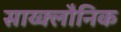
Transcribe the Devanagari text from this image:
साय्क्लौनिक